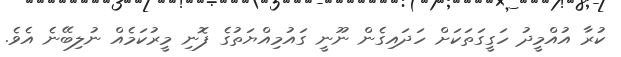
ކުރާ އުއްމީދު ހަގީގަތަކަށް ހަދައިގެން ނޫނީ ގައުމިއްޔަތުގެ ފޮނި މީރުކަމެއް ނުލިބޭނެ އެވެ.